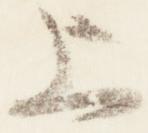
上